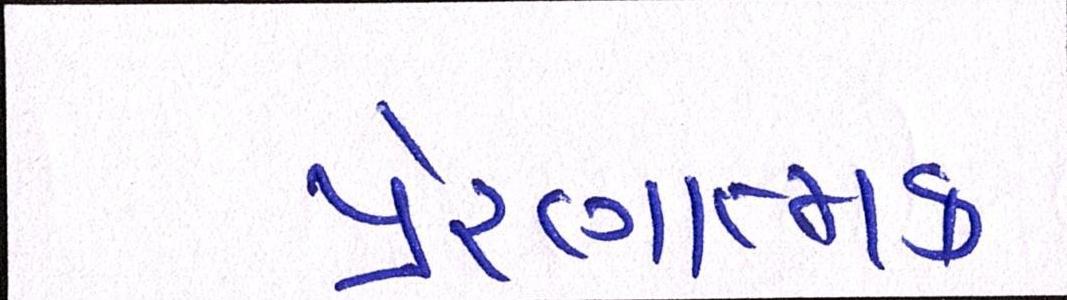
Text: પ્રેરણાત્મક